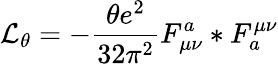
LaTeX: {\cal L}_{\theta}=-\frac{\theta e^{2}}{32\pi^{2}}F_{\mu\nu}^{a}*F_{a}^{\mu\nu}